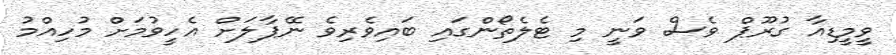
ވީމީޑިއާ ގުރޫޕް ވެސް ވަނީ މި ޓެލެތޯންގައި ބައިވެރިވެ ނޭޕާލަށް އެހީވުމަށް މުހިއްމު